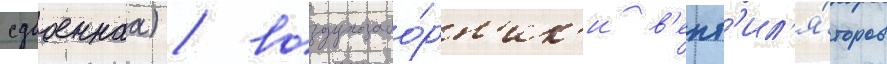
сдвоеннаа) / воздухозабо́рн'ик'и в'ент'ил'я́торов